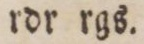
rdr rgs.